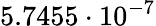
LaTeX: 5.7455\cdot 10^{-7}